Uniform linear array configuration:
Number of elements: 48
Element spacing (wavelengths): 0.25
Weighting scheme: hamming
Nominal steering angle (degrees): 30
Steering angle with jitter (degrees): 30.563
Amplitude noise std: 0.05
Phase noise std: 0.05

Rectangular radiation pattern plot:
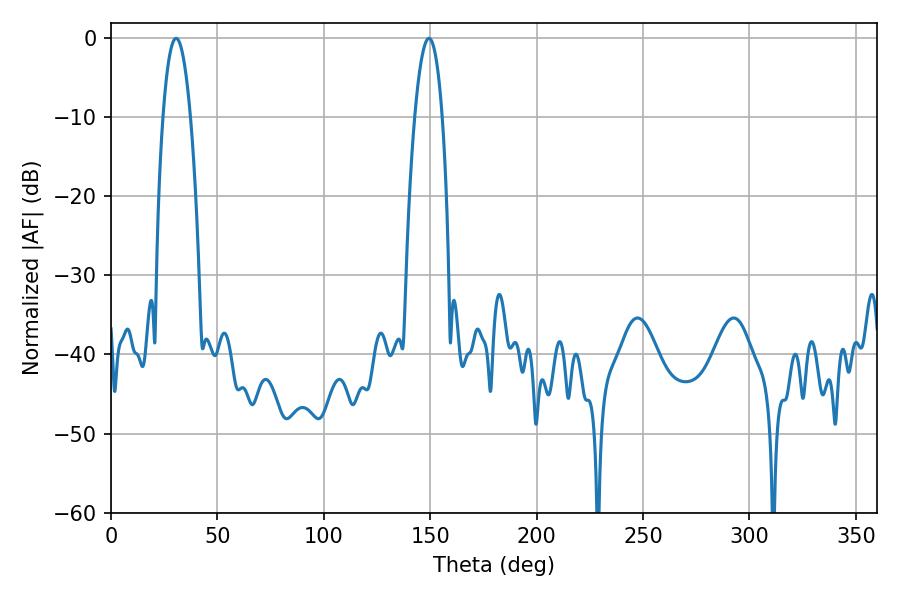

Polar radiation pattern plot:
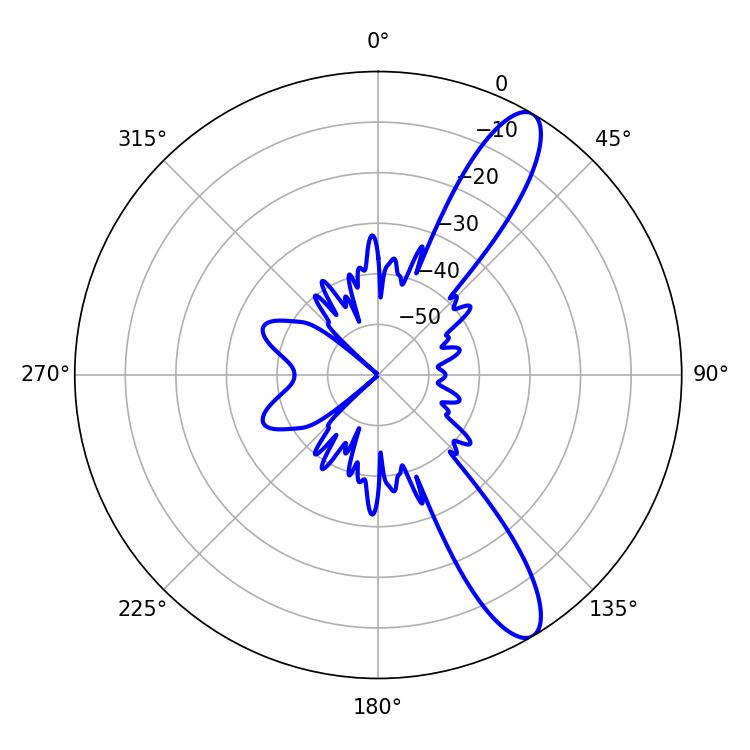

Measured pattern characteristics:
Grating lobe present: FALSE
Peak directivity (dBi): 11.65
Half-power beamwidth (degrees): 7.02
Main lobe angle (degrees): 30.6